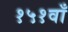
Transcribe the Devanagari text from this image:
१५१वाँ